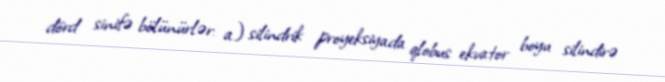
dörd sinifə bölünürlər: a) silindrik proyeksiyada qlobus ekvator boyu silindirə